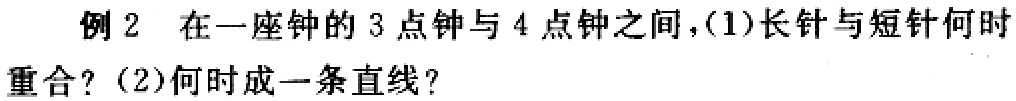
例2 在一座钟的3点钟与4点钟之间，(1)长针与短针何时重合？(2)何时成一条直线？